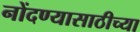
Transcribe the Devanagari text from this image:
नोंदण्यासाठीच्या